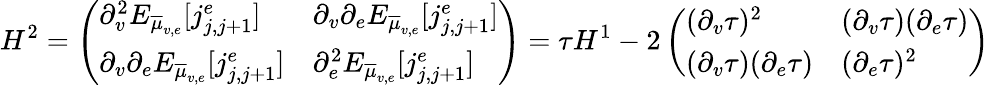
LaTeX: H^{2}=\left(\begin{array}{ll}{\partial_{v}^{2}E_{\overline{{\mu}}_{v,e}}[j_{j,j+1}^{e}]}&{\partial_{v}\partial_{e}E_{\overline{{\mu}}_{v,e}}[j_{j,j+1}^{e}]}\\ {\partial_{v}\partial_{e}E_{\overline{{\mu}}_{v,e}}[j_{j,j+1}^{e}]}&{\partial_{e}^{2}E_{\overline{{\mu}}_{v,e}}[j_{j,j+1}^{e}]}\end{array}\right)=\tau H^{1}-2\left(\begin{array}{ll}{(\partial_{v}\tau)^{2}}&{(\partial_{v}\tau)(\partial_{e}\tau)}\\ {(\partial_{v}\tau)(\partial_{e}\tau)}&{(\partial_{e}\tau)^{2}}\end{array}\right)